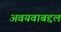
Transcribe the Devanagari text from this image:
अवयवाबद्दल